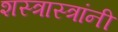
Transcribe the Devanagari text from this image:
शस्त्रास्त्रांनी